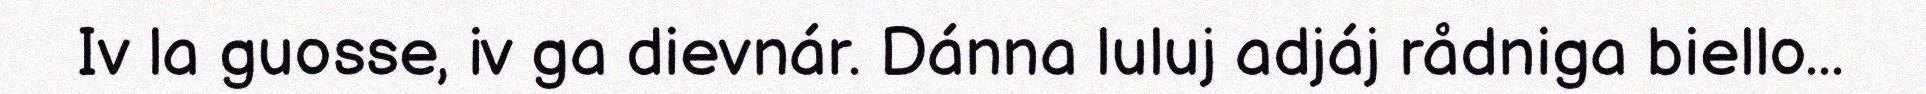
Iv la guosse, iv ga dievnár. Dánna luluj adjáj rådniga biello...